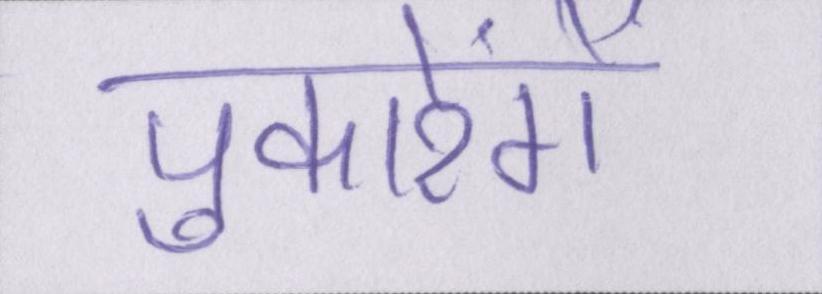
पुकारेंगे